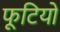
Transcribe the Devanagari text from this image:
फूटियो